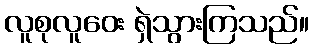
လူစုလူဝေး ရှဲသွားကြသည်။